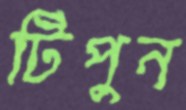
টিপুন